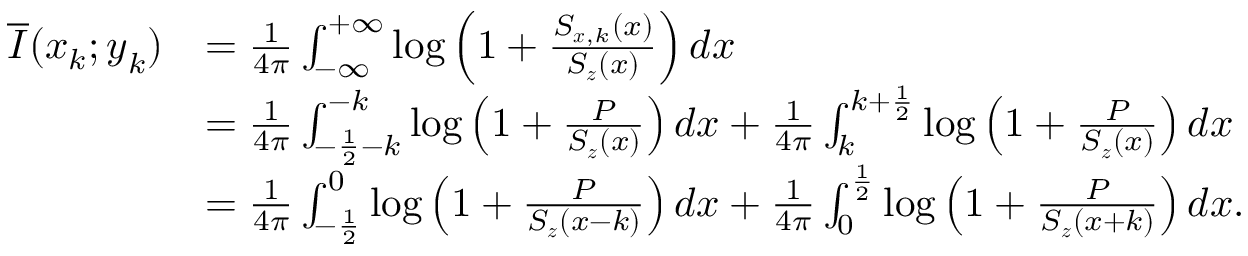
\begin{array} { r l } { \overline { { I } } ( \boldsymbol { x } _ { k } ; \boldsymbol { y } _ { k } ) } & { = \frac { 1 } { 4 \pi } \int _ { - \infty } ^ { + \infty } \log \left( 1 + \frac { S _ { \boldsymbol { x } , k } ( x ) } { S _ { \boldsymbol { z } } ( x ) } \right) d x } \\ & { = \frac { 1 } { 4 \pi } \int _ { - \frac { 1 } { 2 } - k } ^ { - k } \log \left( 1 + \frac { P } { S _ { \boldsymbol { z } } ( x ) } \right) d x + \frac { 1 } { 4 \pi } \int _ { k } ^ { k + \frac { 1 } { 2 } } \log \left( 1 + \frac { P } { S _ { \boldsymbol { z } } ( x ) } \right) d x } \\ & { = \frac { 1 } { 4 \pi } \int _ { - \frac { 1 } { 2 } } ^ { 0 } \log \left( 1 + \frac { P } { S _ { \boldsymbol { z } } ( x - k ) } \right) d x + \frac { 1 } { 4 \pi } \int _ { 0 } ^ { \frac { 1 } { 2 } } \log \left( 1 + \frac { P } { S _ { \boldsymbol { z } } ( x + k ) } \right) d x . } \end{array}